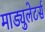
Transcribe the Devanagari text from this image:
माड्युलेटर्स